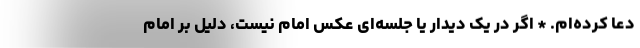
دعا کرده‌ام. * اگر در یک دیدار یا جلسه‌ای عکس امام نیست، دلیل بر امام